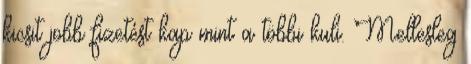
kicsit jobb fizetést kap mint a többi kuli. Mellesleg